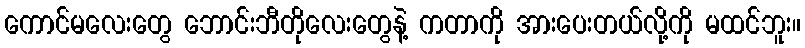
ကောင်မလေးတွေ ဘောင်းဘီတိုလေးတွေနဲ့ ကတာကို အားပေးတယ်လို့ကို မထင်ဘူး။